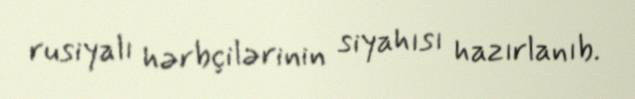
rusiyalı hərbçilərinin siyahısı hazırlanıb.